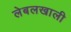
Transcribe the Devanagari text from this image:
लेबलखाली